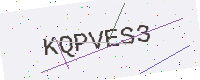
Text: KQPVES3